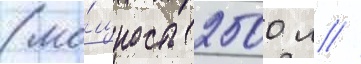
(мо́щность 2500 л //